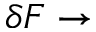
\delta F \rightarrow